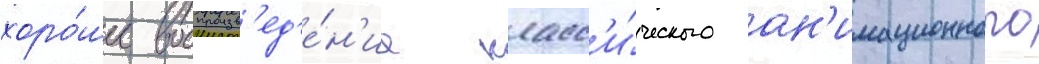
хоро́шее воспроизв'ед'е́н'ие класс'и́ческого ан'имационного